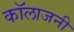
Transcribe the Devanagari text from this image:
कॉलाजनी